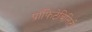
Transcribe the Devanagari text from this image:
प्रॉफिटेबिलिटी